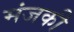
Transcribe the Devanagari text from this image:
मंजकी